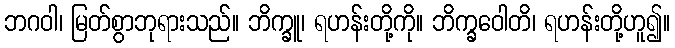
ဘဂဝါ၊ မြတ်စွာဘုရားသည်။ ဘိက္ခူ၊ ရဟန်းတို့ကို။ ဘိက္ခဝေါတိ၊ ရဟန်းတို့ဟူ၍။